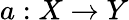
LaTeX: a:X\to Y